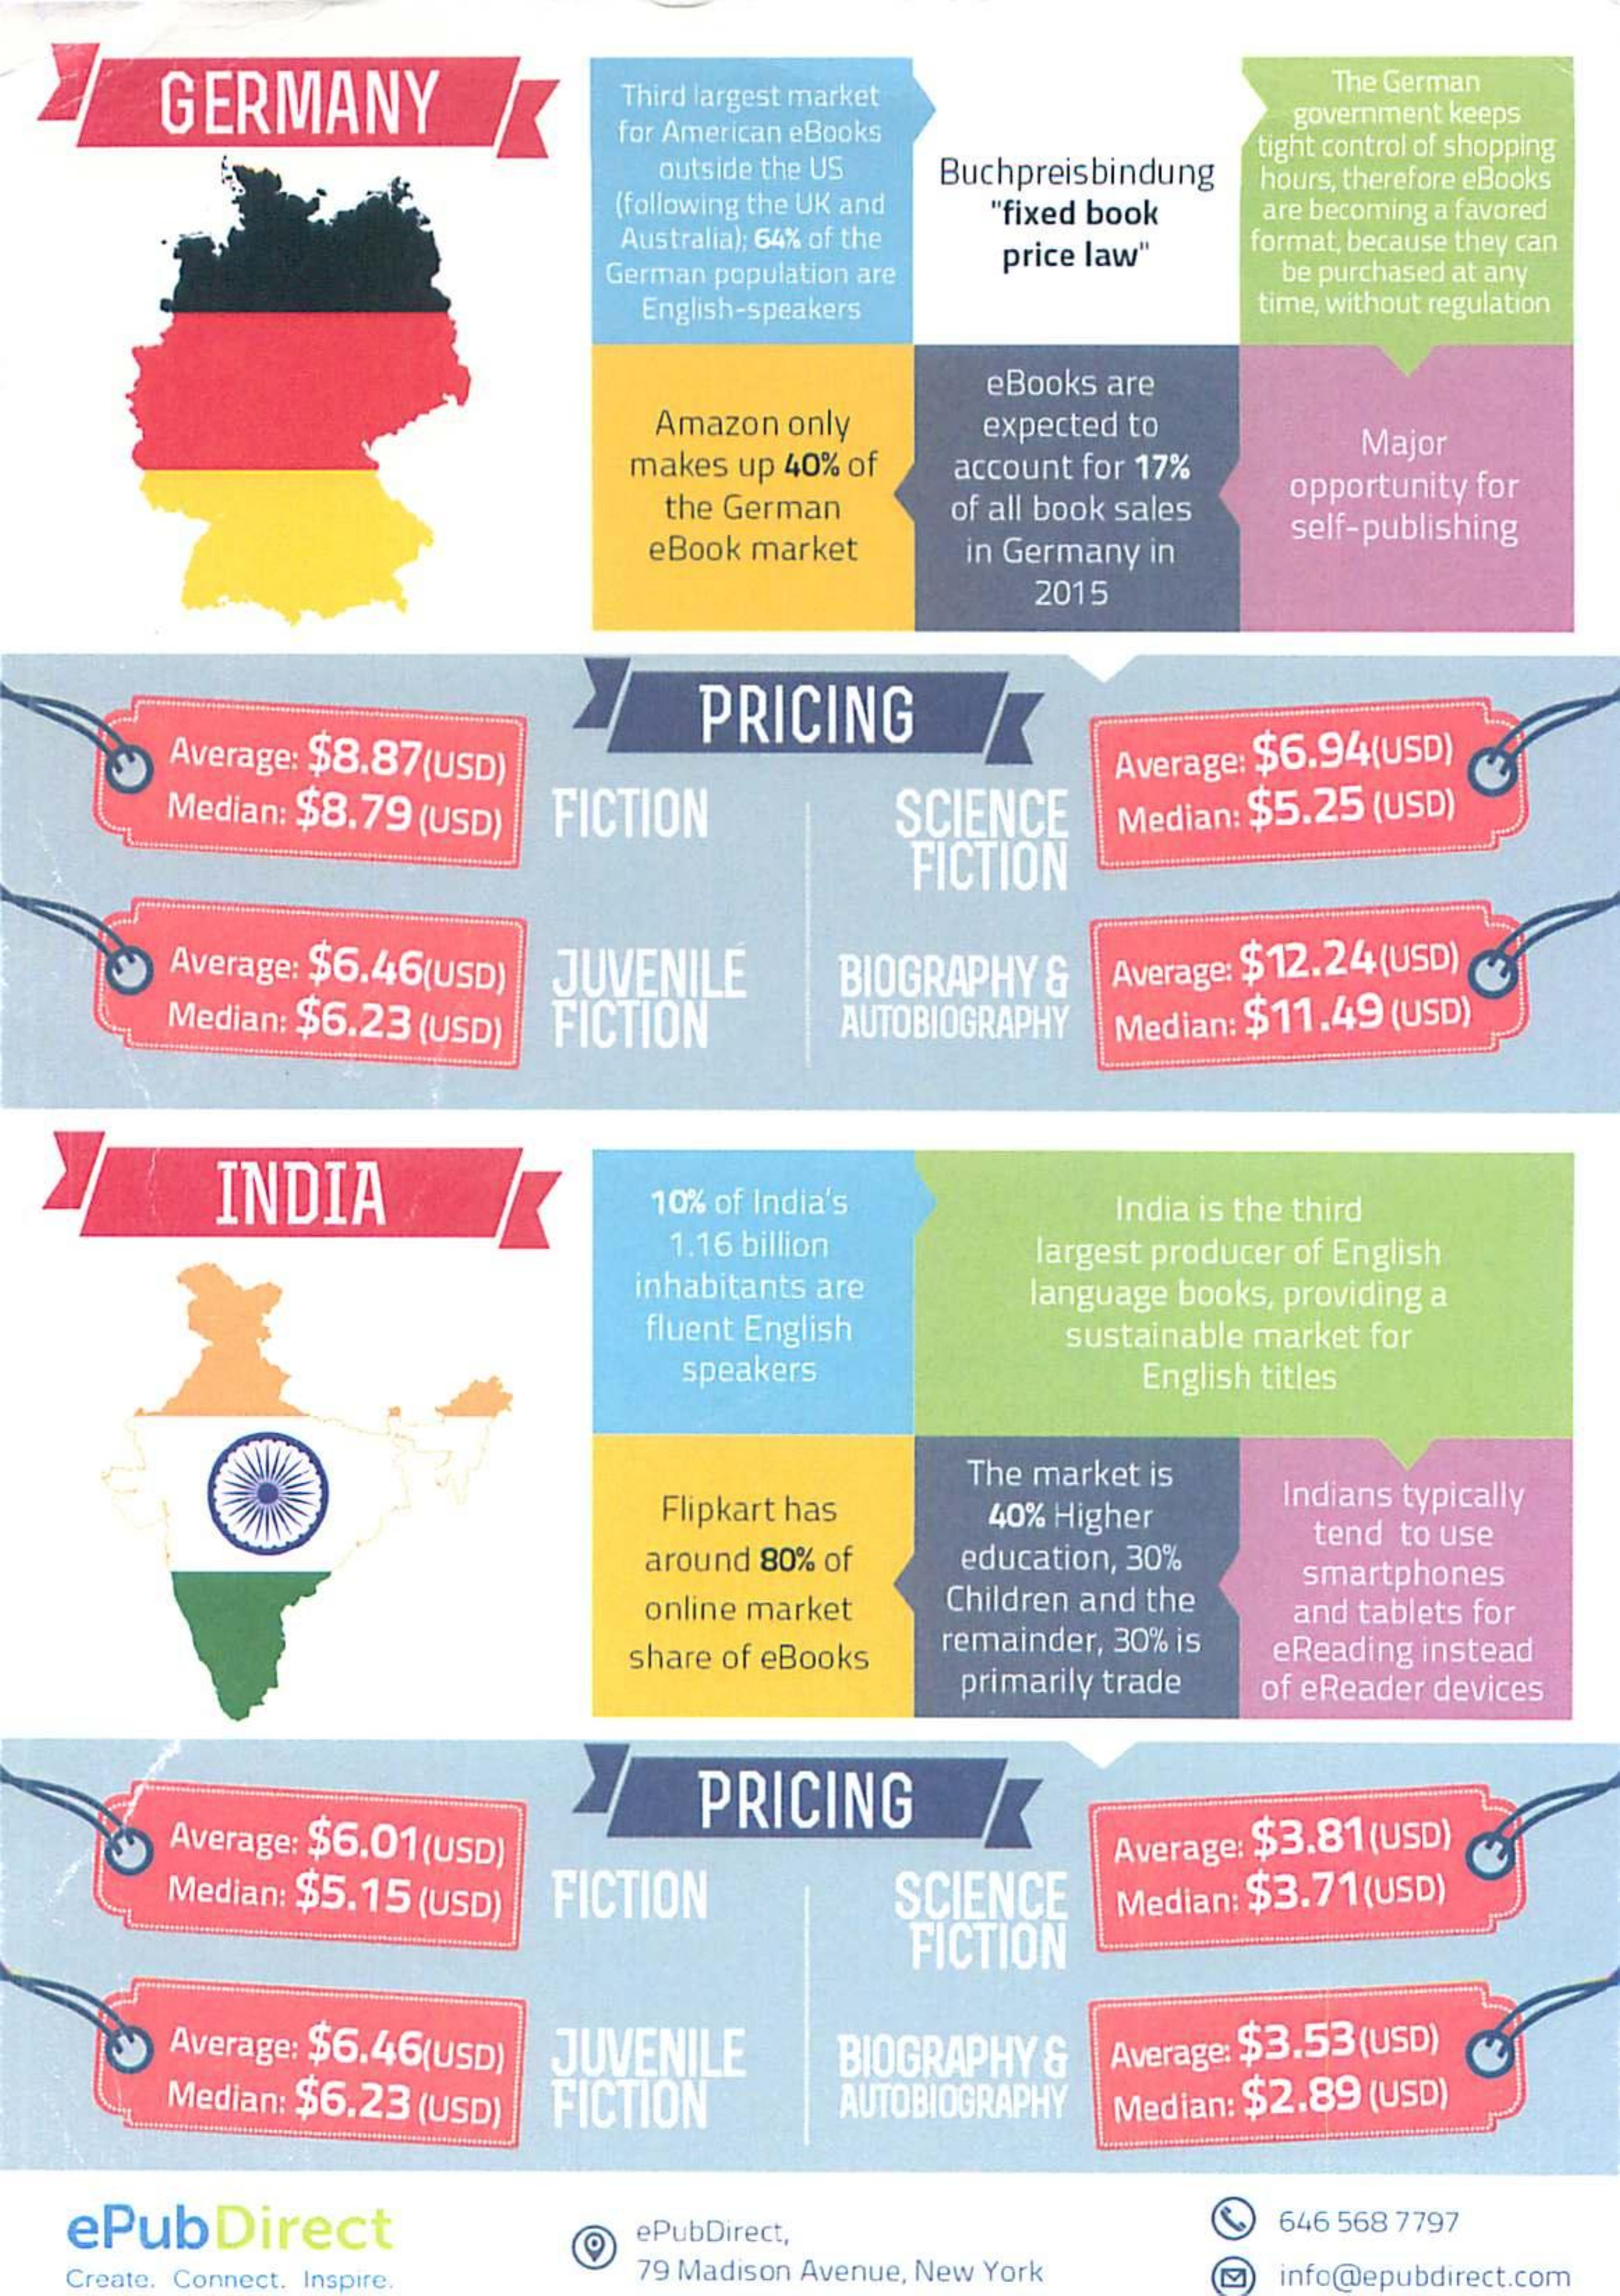
GERMANY    Third largest market    The German
     for American eBooks
     government keeps
     outside the US Buchpreisbindung
     tight control of shopping
     (following the UK and "fixed book
     hours, therefore eBooks
     Australia): 64% of the
     are becoming a favored
     price law" format, because they can
     German population are    be purchased at any
     English-speakers    time, without regulation
     eBooks are
     Amazon only    expected to
     makes up 40% of account for 17%
     Major
     the German  of all book sales
     opportunity for
     eBook market  in Germany in
     self-publishing
     2015
     PRICING
     Average: $8.87(USD)
     Median: $8.79 (USD) FICTION    SCIENCE
     Average: $6.94(USD)
     FICTION
     Median: $5.25 (USD)
     Average: $6.46(USD) JUVENILE
     FICTION
     BIOGRAPHY & Average: $12.24 (USD)
     Median: $6.23 (USD)    AUTOBIOGRAPHY Median: $11.49 (USD)
     INDIA    10% of India's    India is the third
     1.16 billion
     inhabitants are
     largest producer of English
     fluent English
     language books, providing a
     sustainable market for
     speakers    English titles
     The market is
     Flipkart has  40% Higher
     Indians typically
     around 80% of education, 30%
     tend to use
     smartphones
     online market Children and the and tablets for
     share of eBooks remainder, 30% is
     primarily trade
     eReading instead
     of eReader devices
     PRICING
     Average: $6.01 (USD)
     Median: $5.15 (USD) FICTION    SCIENCE
     Average: $3.81 (USD)
     FICTION
     Median: $3.71 (USD)
     Average: $6.46(USD) JUVENILE
     Median: $6.23 (USD) FICTION
     BIOGRAPHY & Average: $3.53 (USD)
     AUTOBIOGRAPHY Median: $2.89 (USD)
   ePubDirect    ePubDirect,    646 568 7797
   Create. Connect. Inspire 79 Madison Avenue, New York info@epubdirect.com